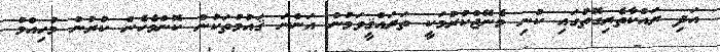
އަދި ރައްކާތެރިގޮތުގައި ކުނި މެނޭޖްކުރުމަކީ ތަރައްޤީވަމުން އަންނަ ޤައުމުތަކުން ކޮންމެހެން ކުރުން މުހިއްމު